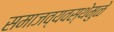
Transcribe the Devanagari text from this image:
समाजव्यवस्थेमुळे